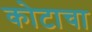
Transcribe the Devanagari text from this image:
कोटाचा